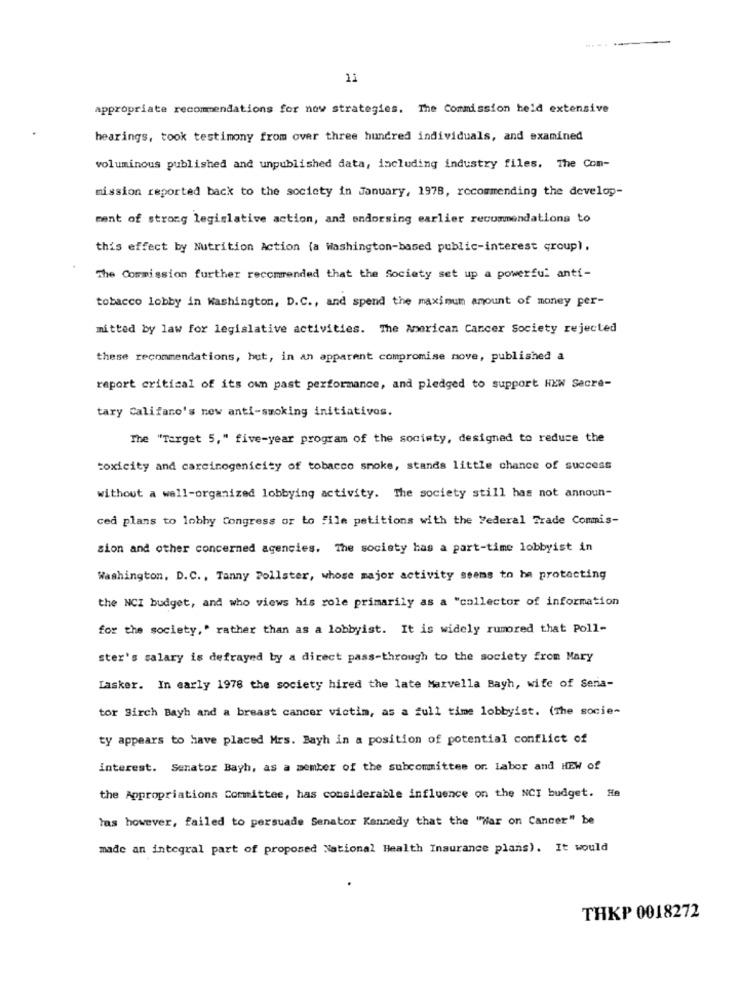
11
appropriate recommendations for now strategies. The Commission held extensive
hearings, took testimony from over three hundred individuals, and examined
voluminous published and unpublished data, including industry files. The Com-
mission reported back to the society in January, 1978, recommending the develop-
ment of strong legislative action, and endorsing earlier recommendations to
this effect by Nutrition Action (a Washington-based public-interest group) .
The Commission further recommended that the Society set up a powerful anti-
tobacco lobby in Washington, D.C ., and spend the maximum amount of money per-
mitted by law for legislative activities. The American Cancer Society rejected
these recommendations, hut, in an apparent compromise move, published a
report critical of its own past performance, and pledged to support HEW Secre-
tary Califano's new anti-smoking initiatives.
The "Target 5," five-year program of the society, designed to reduce the
toxicity and carcinogenicity of tobacco smoke, stands little chance of success
without a well-organized lobbying activity. The society still has not announ-
ced plans to lobby Congress or to file petitions with the Federal Trade Commis-
sion and other concerned agencies. The society has a part-time lobbyist in
Washington, D.C ., Tanny Pollster, whose major activity seems to ha protecting
the NCI budget, and who views his role primarily as a "collector of information
for the society," rather than as a lobbyist. It is widely rumored that Poll-
ster's salary is defrayed by a direct pass-through to the society from Mary
Lasker. In early 1978 the society hired the late Marvella Bayh, wife of Sena-
tor Birch Bayh and a breast cancer victim, as a full time lobbyist. (The socie-
ty appears to have placed Mrs. Bayh in a position of potential conflict of
interest. Senator Bayh, as a member of the subcommittee or. Labor and HEW of
the Appropriations Committee, has considerable influence on the NCI budget. He
las however, failed to persuade Senator Kennedy that the ""War on Cancer" be
made an integral part of proposed National Health Insurance plans). It would
THKP 0018272